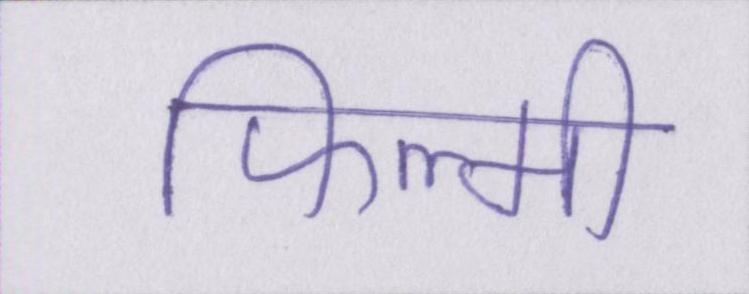
फिल्मी